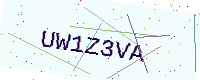
Text: UW1Z3VA